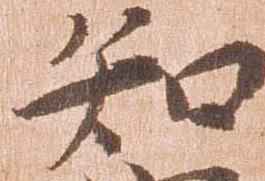
知